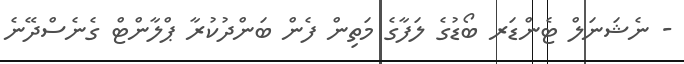
- ނެޝަނަލް ޓެންޑަރ ބޯޑުގެ ލަފާގެ މަތިން ފެން ބަންދުކުރާ ޕްލާންޓް ގެނެސްދޭނެ